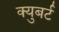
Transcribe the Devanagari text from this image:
क्युबर्ट